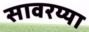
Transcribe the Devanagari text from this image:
सावरय्या